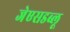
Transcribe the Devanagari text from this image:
जेएसडब्लू